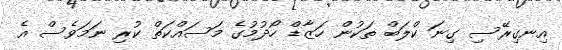
އިނގިރޭސި ގިނަ ކްލަބް ތަކުން ހަޒާޑް ހޯދުމުގެ މަސައްކަތް ކުރި ނަމަވެސް އެ